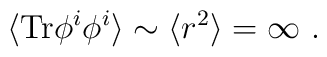
\langle {\rm Tr} \phi^i \phi^i\rangle \sim \langle r^2\rangle =\infty\ .